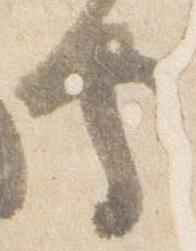
守